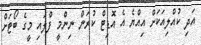
އަދި ކުއްލިއަކަށް އިއްޔެ އެ އޮޑިޓް ކުރަން ނިންމީ ފްލައި މީގެ ބޯޓަށް